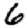
Digit: 6